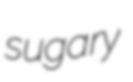
sugary